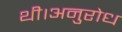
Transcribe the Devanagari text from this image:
थी।अनुरोध